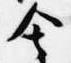
舎